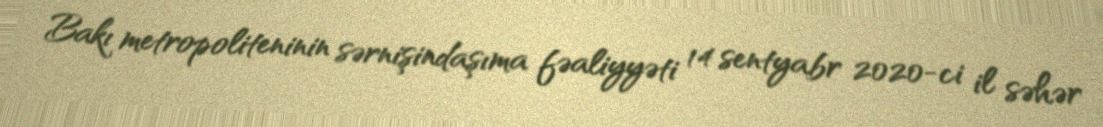
Bakı metropoliteninin sərnişindaşıma fəaliyyəti 14 sentyabr 2020-ci il səhər